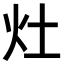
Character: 灶